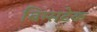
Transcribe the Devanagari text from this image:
बिम्सटेक